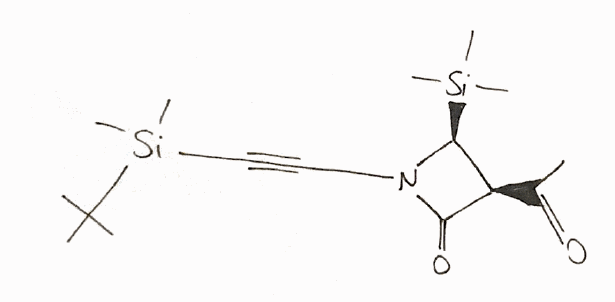
Simplified molecular-input line-entry system (SMILES) notation of the given molecule:
CC(=O)[C@@H]1[C@@H](N(C1=O)C#C[Si](C)(C)C(C)(C)C)[Si](C)(C)C